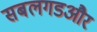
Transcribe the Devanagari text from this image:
सबलगडऔर